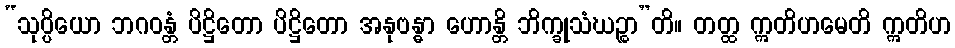
“သုပ္ပိယော ဘဂဝန္တံ ပိဋ္ဌိတော ပိဋ္ဌိတော အနုဗန္ဓာ ဟောန္တိ ဘိက္ခုသံဃဉ္စာ”တိ။ တတ္ထ ဣတိဟမေတိ ဣတိဟ